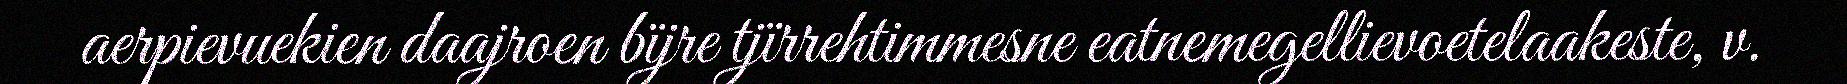
aerpievuekien daajroen bïjre tjïrrehtimmesne eatnemegellievoetelaakeste, v.